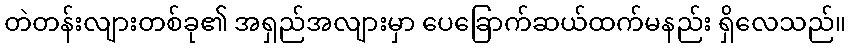
တဲတန်းလျားတစ်ခု၏ အရှည်အလျားမှာ ပေခြောက်ဆယ်ထက်မနည်း ရှိလေသည်။